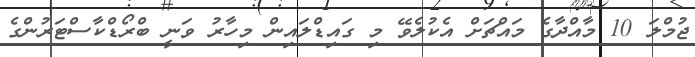
ޖުމްލަ 10 މާއްދާގެ މައްޗަށް އެކުލެވޭ މި ގައިޑްލައިން މިހާރު ވަނީ ބްރޯޑްކާސްޓަރުންގެ